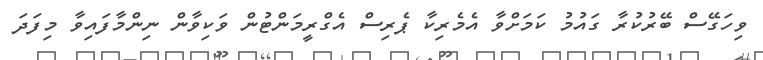
ވިހަގޭސް ބޭރުކުރާ ގައުމު ކަމަށްވާ އެމެރިކާ ޕެރިސް އެގްރީމަންޓުން ވަކިވާން ނިންމާފައިވާ މިފަދަ